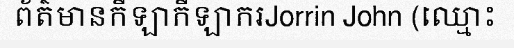
ព័ត៌មានកីឡាកីឡាករJorrin John (ឈ្មោះ